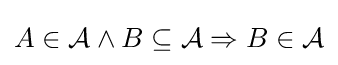
A\in {\mathcal {A}}\land B\subseteq {\mathcal {A}}\Rightarrow B\in {\mathcal {A}}